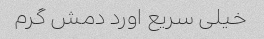
خیلی سریع اورد دمش گرم